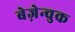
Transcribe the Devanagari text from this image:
बेज़ेन्चुक